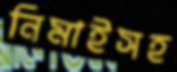
নিমাইসহ